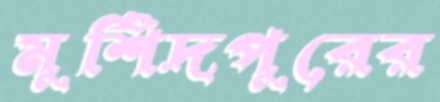
মুর্শিদপুরের